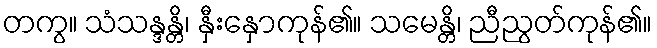
တကွ။ သံသန္ဒန္တိ၊ နှီးနှောကုန်၏။ သမေန္တိ၊ ညီညွတ်ကုန်၏။